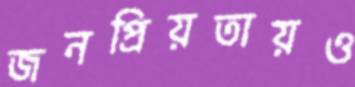
জনপ্রিয়তায়ও